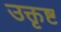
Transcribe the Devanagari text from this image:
उक्तृष्ट